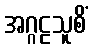
အဂ္ဂဠသူစိံ